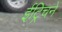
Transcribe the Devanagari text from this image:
ईट्रिचने